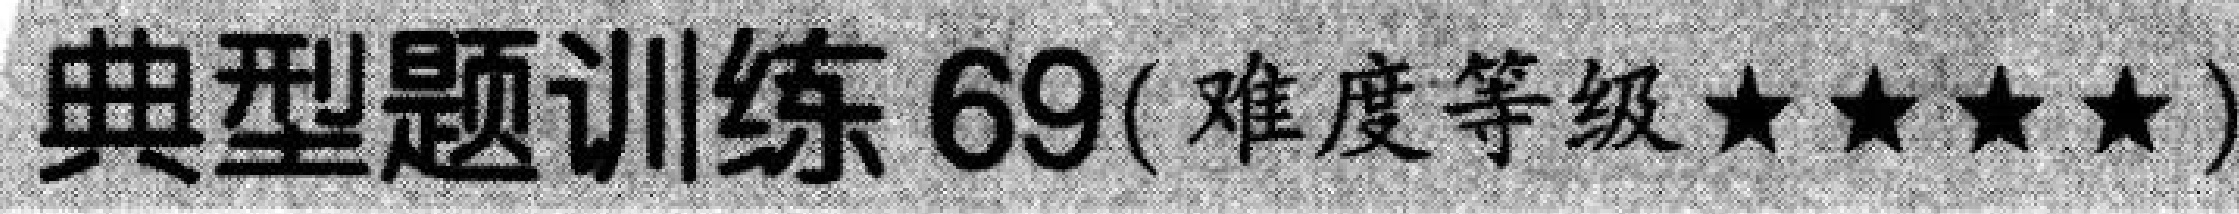
典型题训练 69(难度等级★★★★)